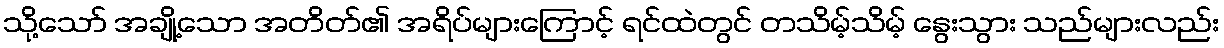
သို့သော် အချို့သော အတိတ်၏ အရိပ်များကြောင့် ရင်ထဲတွင် တသိမ့်သိမ့် နွေးသွား သည်များလည်း